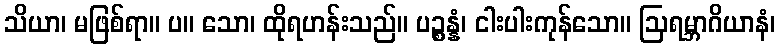
သိယာ၊ မဖြစ်ရာ။ ပ။ သော၊ ထိုရဟန်းသည်။ ပဉ္စန္နံ၊ ငါးပါးကုန်သော။ ဩရမ္ဘာဂိယာနံ၊